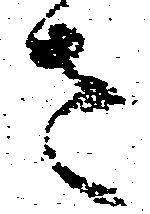
さ